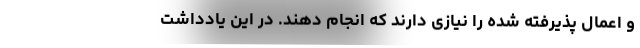
و اعمال پذیرفته شده را نیازی دارند که انجام دهند. در این یادداشت